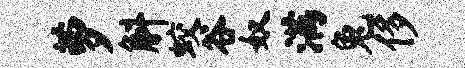
萝斛蛟谷奴满兔侈